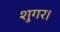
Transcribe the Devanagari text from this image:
शुगर।